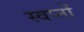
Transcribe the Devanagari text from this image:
स्वप्‍नों